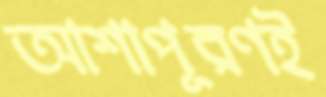
আশাপূরণই